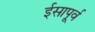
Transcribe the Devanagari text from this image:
ईसापू्र्व